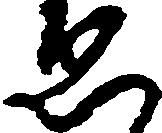
ゑ